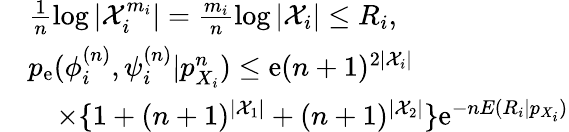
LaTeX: \begin{array}{rl}&{\frac{1}{n}\log|{\cal X}_{i}^{m_{i}}|=\frac{m_{i}}{n}\log|{\cal X}_{i}|\leq R_{i},}\\ &{p_{\mathrm{e}}(\phi_{i}^{(n)},\psi_{i}^{(n)}|p_{X_{i}}^{n})\leq\mathrm{e}(n+1)^{2|{\cal X}_{i}|}}\\ &{\quad\times\{ 1+(n+1)^{|{\cal X}_{1}|}+(n+1)^{|{\cal X}_{2}|}\} \mathrm{e}^{-nE(R_{i}|p_{X_{i}})}}\end{array}